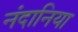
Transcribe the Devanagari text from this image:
नंदानिया